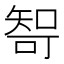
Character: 𰦘